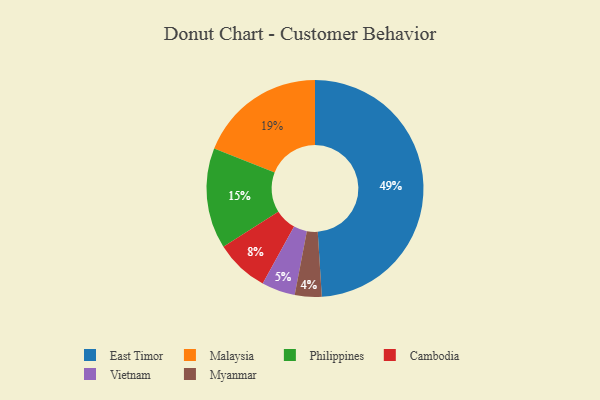
{"axis": {"x": "Category", "y": "Percentage"}, "legend": ["Cambodia", "East Timor", "Malaysia", "Myanmar", "Philippines", "Vietnam"], "data": [{"x": "Vietnam", "y": 5, "type": "Vietnam"}, {"x": "East Timor", "y": 49, "type": "East Timor"}, {"x": "Cambodia", "y": 8, "type": "Cambodia"}, {"x": "Philippines", "y": 15, "type": "Philippines"}, {"x": "Myanmar", "y": 4, "type": "Myanmar"}, {"x": "Malaysia", "y": 19, "type": "Malaysia"}]}